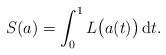
LaTeX: \begin{gather*} S (a) = \int _0 ^1 L \bigl( a (t) \bigr) \,\mathrm{d}t . \end{gather*}